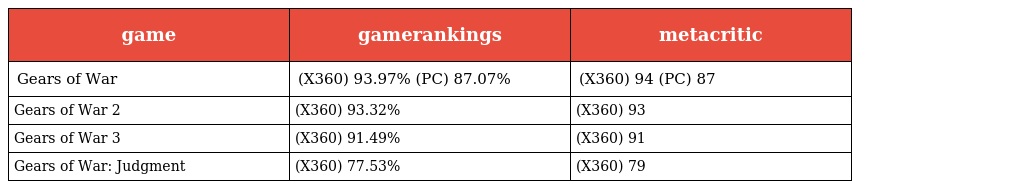
| game | gamerankings | metacritic |
 | --- | --- | --- |
 | Gears of War | (X360) 93.97% (PC) 87.07% | (X360) 94 (PC) 87 |
 | Gears of War 2 | (X360) 93.32% | (X360) 93 |
 | Gears of War 3 | (X360) 91.49% | (X360) 91 |
 | Gears of War: Judgment | (X360) 77.53% | (X360) 79 |